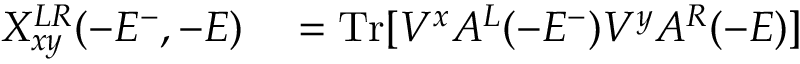
\begin{array} { r l } { X _ { x y } ^ { L R } ( - E ^ { - } , - E ) } & { { } = \mathrm { T r } [ V ^ { x } A ^ { L } ( - E ^ { - } ) V ^ { y } A ^ { R } ( - E ) ] } \end{array}